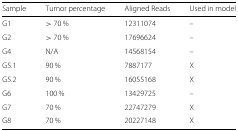
| Sample | Tumor percentage | Aligned Reads | Used in model |
 | --- | --- | --- | --- |
 | G1 | > 70 % | 12311074 | – |
 | G2 | > 70 % | 17696624 | – |
 | G4 | N/A | 14568154 | – |
 | G5.1 | 90 % | 7887177 | X |
 | G5.2 | 90 % | 16055168 | X |
 | G6 | 100 % | 13429725 | – |
 | G7 | 70 % | 22747279 | X |
 | G8 | 70 % | 20227148 | X |